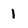
Character: 1